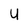
Character: U